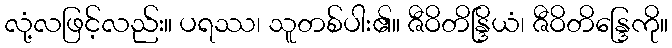
လုံ့လဖြင့်လည်း။ ပရဿ၊ သူတစ်ပါး၏။ ဇီဝိတိန္ဒြိယံ၊ ဇီဝိတိန္ဒြေကို။